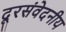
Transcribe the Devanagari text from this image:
दूरसंवेदनीय